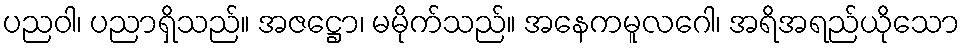
ပညဝါ၊ ပညာရှိသည်။ အဇဋ္ဌော၊ မမိုက်သည်။ အနေကမူလဂေါ၊ အရိအရည်ယိုသော